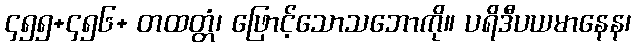
၄၅၅+၄၅၆+ တထတ္တံ၊ ဖြောင့်သောသဘောကို။ ပရိဒီပယမာနေန၊